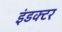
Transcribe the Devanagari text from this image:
इंडक्टर